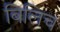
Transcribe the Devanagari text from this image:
बिलिच